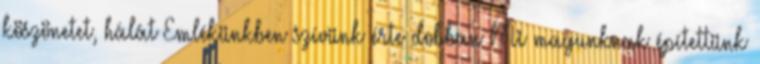
köszönetet, hálát Emlékünkben szívünk érte dobban Mi magunknak építettünk